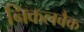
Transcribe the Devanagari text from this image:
निकलबैक